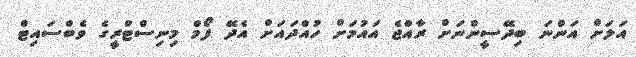
އަލަށް އަންނަ ބިދޭސީންނަށް ރާއްޖެ އައުމަށް ހުއްދައަށް އެދޭ ފޯމް މިނިސްޓްރީގެ ވެބްސައިޓް